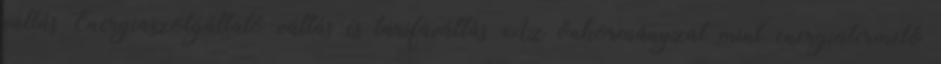
váltás Energiaszolgáltató váltás és tarifaváltás Az önkormányzat mint energiatermelő